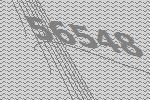
56548